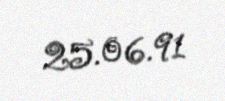
25.06.91